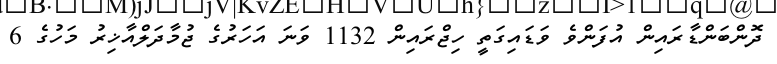
ދޮންބަންޑާރައިން އުފަންވެ ވަޑައިގަތީ ހިޖްރައިން 1132 ވަނަ އަހަރުގެ ޖުމާދަލްއާޚިރު މަހުގެ 6